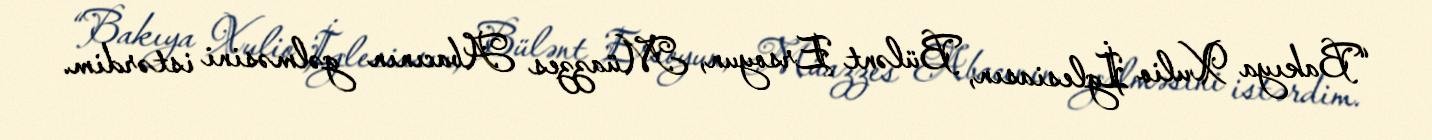
“Bakıya Xulio İglesiasın, Bülənt Ersoyun, Müazzes Abacının gəlməsini istərdim.